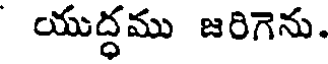
యుద్ధము జరిగెను.